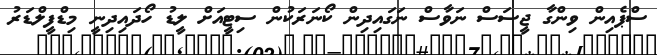
ސްޕެއިން ވިންގާ ޖީސަސް ނަވާސް ނަގައިދިން ކޯނަރަކުން ސިޓީއަށް ލީޑު ހޯދައިދިނީ މިޑްފީލްޑަރު